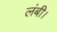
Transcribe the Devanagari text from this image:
लंबी।